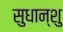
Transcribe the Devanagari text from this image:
सुधान्शु